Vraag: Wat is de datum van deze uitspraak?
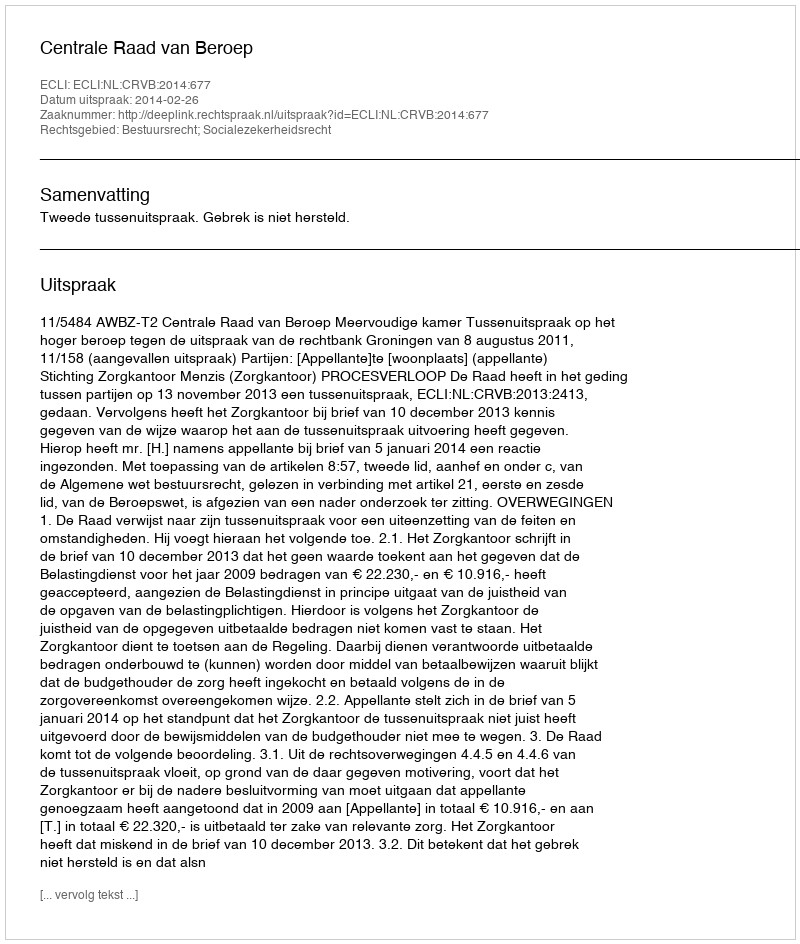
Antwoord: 2014-02-26